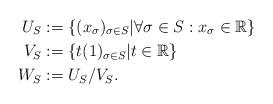
LaTeX: \begin{align*}U_S &:= \left\{ (x_\sigma)_{\sigma \in S} \middle| \forall \sigma \in S: x_\sigma \in \mathbb R \right\} \\V_S &:= \{t(1)_{\sigma \in S} | t \in \mathbb R\} \\W_S &:= U_S / V_S.\end{align*}